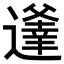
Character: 𨗾